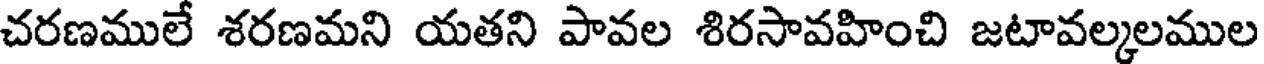
చరణములే శరణమని యతని పావల శిరసావహించి జటావల్మలముల